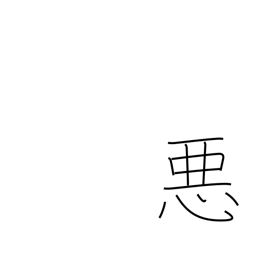
Meaning: bad